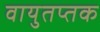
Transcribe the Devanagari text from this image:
वायुतप्तक